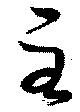
至